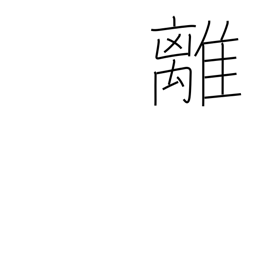
Meaning: digress